Lock hospitals Punjab
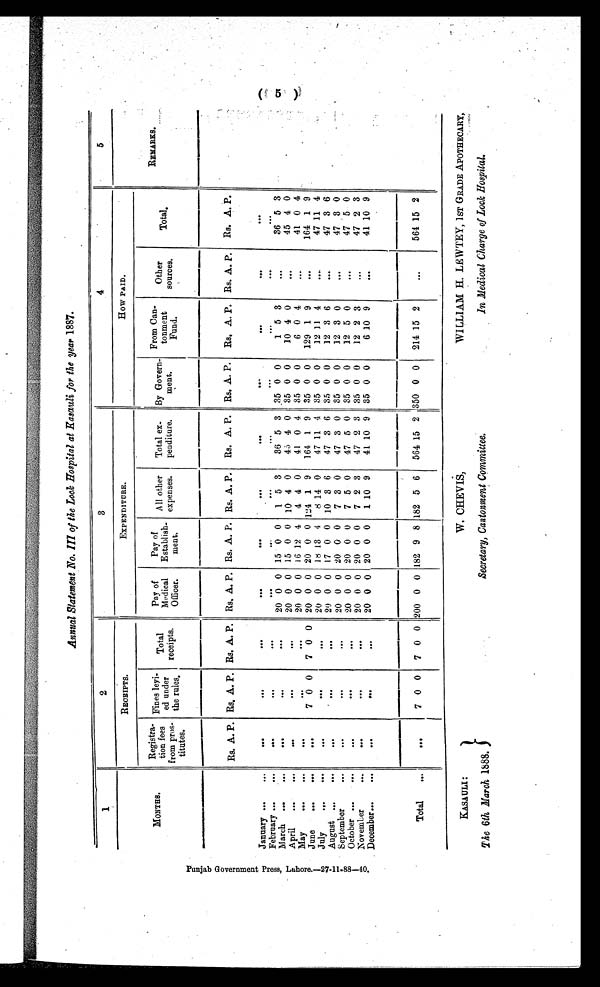
P u n j a b G o v e r n m e n t P r e s s , L a h o r e . — 2 7 - 1 1 - 8 8 — 4 0 .
Annual Statement No. III of the Lock Hospital at Kasauli for the year 1887.
1
2
3
4
5
MONTHS.
RECEIPTS.
EXPENDTTURE.
HOW PAID.
R E M A R K S .
R e g i s t r a t i o n f e e s
from pros-
titutes.
Fines levi-
ed under
the rules.
Total
receipts.
Pay of
Medical
Officer.
Pay of
Establish-
meat.
All other
expenses.
Total ex
penditure.
By Govern-
ment.
From Can-
tonment
Fund.
Other
sources.
T o t a l .
R s .
A. P. Rs. A. P. Rs. A. P. Rs. A. P. Rs. A. P. Rs. A. P.
Rs. A. P. Rs. A. P. Rs. A. P. Rs. A. P.
Rs. A. P.
January...
...
...
. . .
. . .
. . .
. . .
. . .
. . .
. . .
. . .
. . .
. . .
February...
. . .
. . .
. . .
. . .
. . .
. . .
. . .
. . .
. . .
. . .
. . .
. . .
March...
. . .
. . .
. . .
. . .
20 0 0 15 0 0
1 5 3
36 5 3 ,35 0 0
1 5 3
. . .
36 5 3
April
...
...
. . .
. . .
. . .
20 0 0 15 0 0 10 4 0
45 4 0 35 0 0
10 4 0
. . .
45 4 0
May...
. . .
. . .
. . .
. . .
20 0 0 16 12 4
4 4 0
41 0 4 35 0 0
6 0 4
. . .
41 0 4
June...
. . .
. . .
7 0 0
7 0 0 20 0 0 20 0 0 124 1 9
164 1 9 35 0 0
129 1 9
. . .
164 1 9
July...
. . .
. . .
. . .
. . .
20 0 0 16 13 4
8 14 0
47 11 4 35 0 0
12 11 4
. . .
47 11 4
August ...
...
. . .
. . .
. . .
29 0 0 17 0 0 10 3 6
47 3 6 35 0 0
12 3 6
. . .
47 3 6
September...
. . .
. . .
. . .
. . .
20 0 0 20 0 0
7 3 0
47 3 0 35 0 0
12 3 0
. . .
47 3 0
October ...
. . .
. . .
. . .
. . .
20 0 0 20 0 0
7 5 0
47 5 0 35 0 0
12 5 0
. . .
47 5 0
November
. . .
. . .
. . .
. . .
20 0 0 20 0 0
7 2 3
47 2 3 35 0 0
12 2 3
. . .
47 2 3
December...
...
...
...
. . .
20 0 0 20 0 0
1 10 9
41 10 9 35 0 0
6 10 9
. . .
41 10 9
Total
...
...
7 0 0
7 0 0 200 0 0 182 9 8 182 5 6
564 15 2 350 0 0
214 15 2
. . .
564 15 2
5
KASAULI:
The 6th March 1888.
W. CHEVIS,
Secretary, Cantonment Committee.
WILLIAM H. LEWTEY, 1ST GRADE APOTHECARY,
In Medical Charge of Lock Hospital.